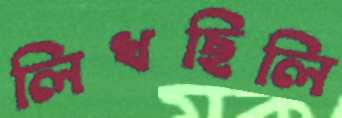
লিখছিলি